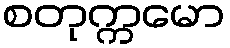
စတုက္ကမော